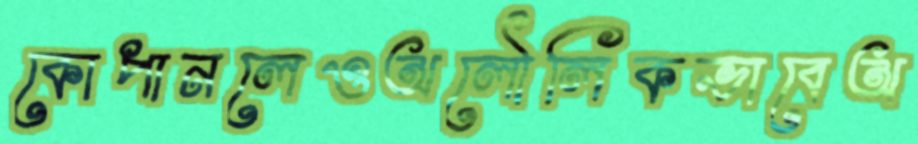
কোপানলেওঅলৌলিকভাবেঅ